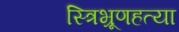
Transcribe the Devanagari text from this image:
स्त्रिभ्रूणहत्या